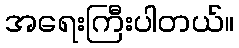
အရေးကြီးပါတယ်။